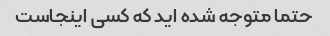
حتما متوجه شده اید که کسی اینجاست